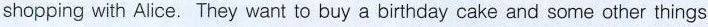
shopping with Alice. They want to buy a birthday cake and some other things